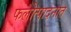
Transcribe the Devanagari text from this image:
फलोत्पादनात